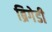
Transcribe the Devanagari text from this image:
ब्रिगेडी